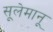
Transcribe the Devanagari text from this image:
सूलेमानू